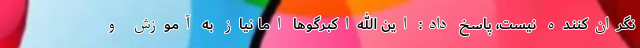
نگران‌کننده نیست، پاسخ داد: این الله‌اکبرگوها اما نیاز به آموزش و